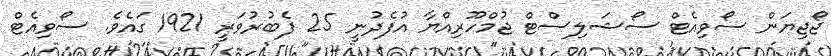
ޖޯޖިޔަން ސޯވިއެޓް ސޯޝަލިސްޓް ޖުމްހޫރިއްޔާ އުފެދުނީ 25 ފެބުރުވަރީ 1921 ގައެވެ. ސޯވިއެޓް